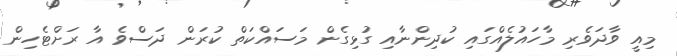
މިއީ ވާދަވެރި މާހައުލެއްގައި ކުދިންނާއި ގުޅިގެން މަސައްކަތް ކުރަން ދަސްވެ އާ ރަށްޓެހިން